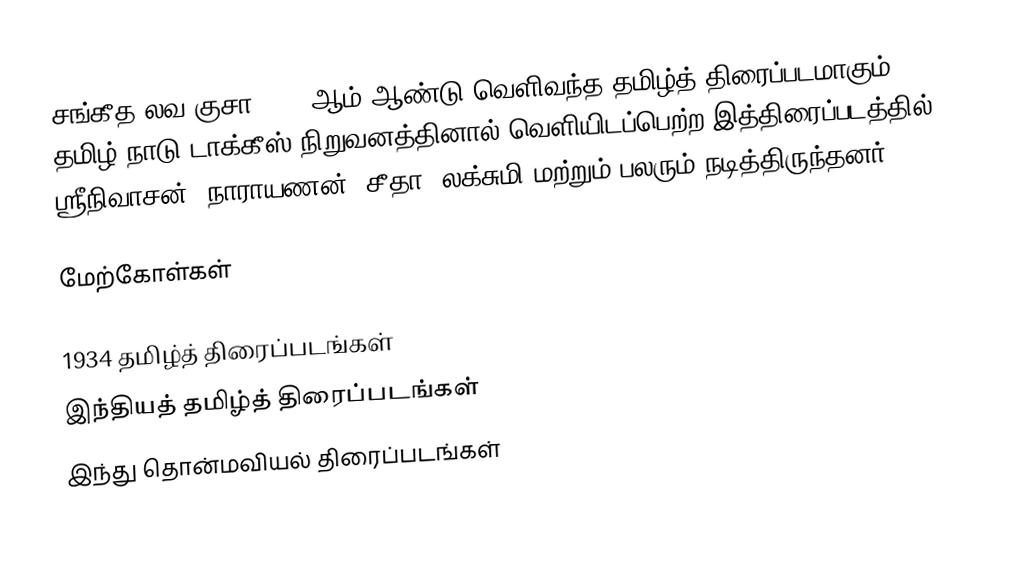
சங்கீத லவ குசா 1934 ஆம் ஆண்டு வெளிவந்த தமிழ்த் திரைப்படமாகும். தமிழ் நாடு டாக்கீஸ் நிறுவனத்தினால் வெளியிடப்பெற்ற இத்திரைப்படத்தில் ஸ்ரீநிவாசன், நாராயணன், சீதா, லக்சுமி மற்றும் பலரும் நடித்திருந்தனர்.

மேற்கோள்கள்

1934 தமிழ்த் திரைப்படங்கள்
இந்தியத் தமிழ்த் திரைப்படங்கள்
இந்து தொன்மவியல் திரைப்படங்கள்